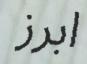
ابرز